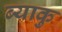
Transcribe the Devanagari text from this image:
ब्याकु